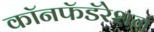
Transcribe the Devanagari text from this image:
कॉनफॅडॅरेशन